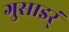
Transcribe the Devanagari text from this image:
गुसाइर्ं